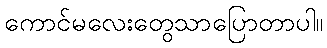
ကောင်မလေးတွေသာပြောတာပါ။